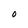
Character: 0